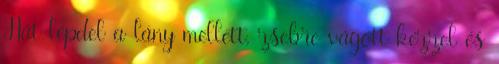
Hát lépdel a lány mellett, zsebre vágott kézzel és